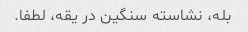
بله، نشاسته سنگین در یقه، لطفا.